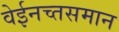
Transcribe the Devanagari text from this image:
वेईनच्तसमान